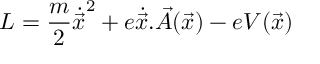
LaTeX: { \cal { L } } = \frac { m } { 2 } { \dot { \vec { x } } } ^ { 2 } + e \dot { \vec { x } } . \vec { A } ( \vec { x } ) - e V ( \vec { x } )